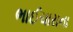
ભાઈચારાના